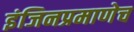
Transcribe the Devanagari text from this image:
इंजिनप्रमाणेच